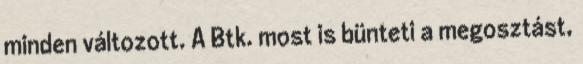
minden változott. A Btk. most is bünteti a megosztást,